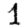
Digit: 1